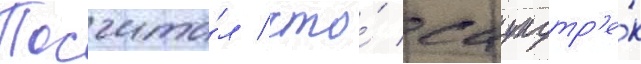
Посчита́л / что́ саундтр'е́к